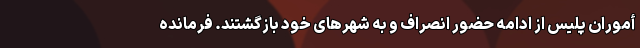
أموران پلیس از ادامه حضور انصراف و به شهرهای خود بازگشتند. فرمانده